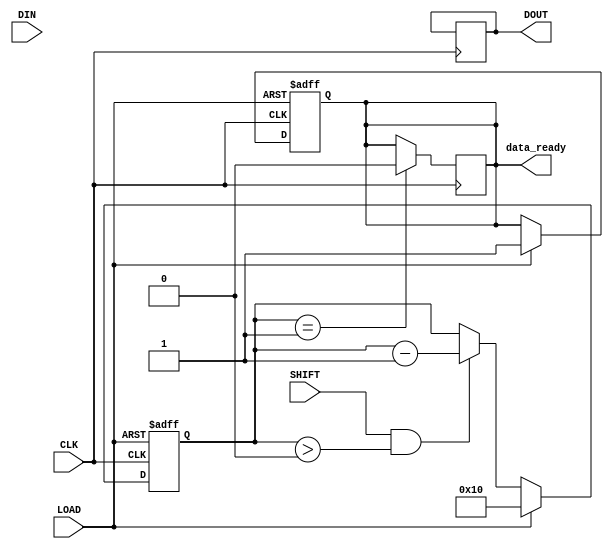
module PISO_Register (
    input wire [15:0] DIN,        // 16-bit parallel data input
    input wire LOAD,              // Load control signal
    input wire SHIFT,             // Shift control signal
    input wire CLK,               // Clock signal
    output reg DOUT,              // Serial output
    output reg data_ready         // Data ready flag (optional)
);

    reg [15:0] shift_reg;         // 16-bit shift register
    reg [4:0] bit_counter;        // 5-bit counter to track the number of bits shifted out

    // Asynchronous reset (optional)
    always @(posedge CLK or negedge LOAD) begin
        if (!LOAD) begin
            shift_reg <= 16'b0;    // Clear the register on reset
            data_ready <= 1'b0;     // Reset data ready flag
            bit_counter <= 5'd0;     // Reset bit counter
        end else if (LOAD) begin
            shift_reg <= DIN;       // Load data into the shift register
            data_ready <= 1'b1;      // Set data ready flag
            bit_counter <= 5'd16;    // Initialize bit counter to 16
        end else if (SHIFT && (bit_counter > 0)) begin
            DOUT <= shift_reg[15];  // Output the MSB to DOUT
            shift_reg <= {shift_reg[14:0], 1'b0}; // Shift right
            bit_counter <= bit_counter - 1; // Decrement bit counter
        end
    end

    // Set data_ready flag low when all bits are shifted out
    always @(posedge CLK) begin
        if (bit_counter == 1) begin
            data_ready <= 1'b0;      // Clear data ready flag after last bit is shifted out
        end
    end

endmodule